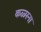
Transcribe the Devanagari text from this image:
कळ्मना